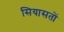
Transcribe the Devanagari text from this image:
सियासतों